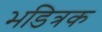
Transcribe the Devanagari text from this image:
भडित्रक